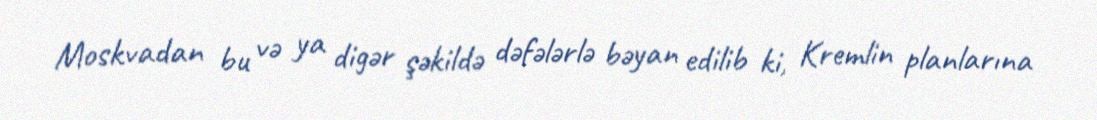
Moskvadan bu və ya digər şəkildə dəfələrlə bəyan edilib ki, Kremlin planlarına